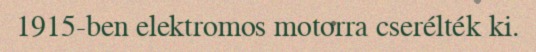
1915-ben elektromos motorra cserélték ki.